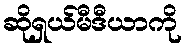
ဆိုရှယ်မီဒီယာကို